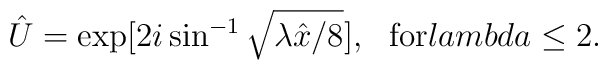
\hat U = \exp[ 2 i \sin^{-1}  \sqrt{\lambda \hat x/   8}  ], \ \ {\rm for }\\lambda \leq 2 .